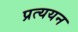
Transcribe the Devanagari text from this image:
प्रत्ययन